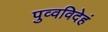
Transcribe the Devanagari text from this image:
पुव्वविदेहं